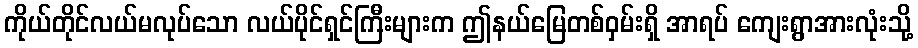
ကိုယ်တိုင်လယ်မလုပ်သော လယ်ပိုင်ရှင်ကြီးများက ဤနယ်မြေတစ်ဝှမ်းရှိ အာရပ် ကျေးရွာအားလုံးသို့